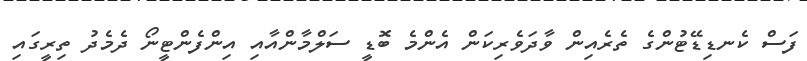
ފަސް ކެނޑިޑޭޓުންގެ ތެރެއިން ވާދަވެރިކަން އެންމެ ބޮޑީ ސަލްމާންއާއި އިންފެންޓީނޯ ދެމެދު ތިރީގައި